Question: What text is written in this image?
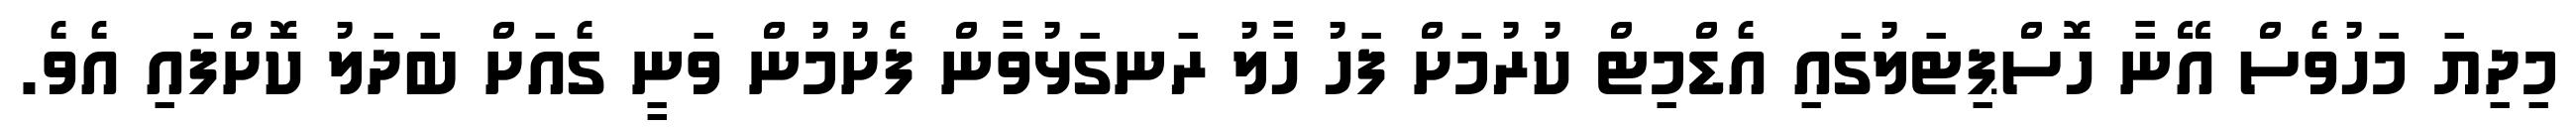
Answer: މިދިޔަ މަހުވެސް އޭނާ ހޮސްޕިޓަލުގައި އެޑްމިޓް ކުރުމަށް ފަހު ހާލު ރަނގަޅުވާން ފެށުމުން ވަނީ ގެއަށް ބަދަލު ކޮށްފައި އެވެ.